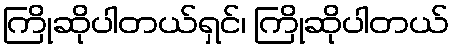
ကြိုဆိုပါတယ်ရှင်၊ ကြိုဆိုပါတယ်